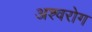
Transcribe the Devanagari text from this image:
अश्वरोग